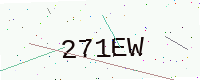
Text: 271EW